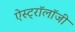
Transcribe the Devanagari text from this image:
ऐस्ट्रॉलॉजी